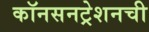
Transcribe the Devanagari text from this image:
कॉनसनट्रेशनची